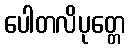
ပေါတလိပုတ္တေ